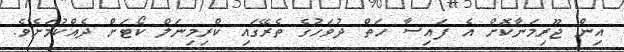
އިން ޖޫރިމަނާކޮށް އެ ފައިސާ ހަތް ދުވަހުގެ ތެރޭގައި ކްރިމިނަލް ކޯޓަށް ދެއްކުމަށެވެ.